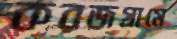
করজগ্রামে